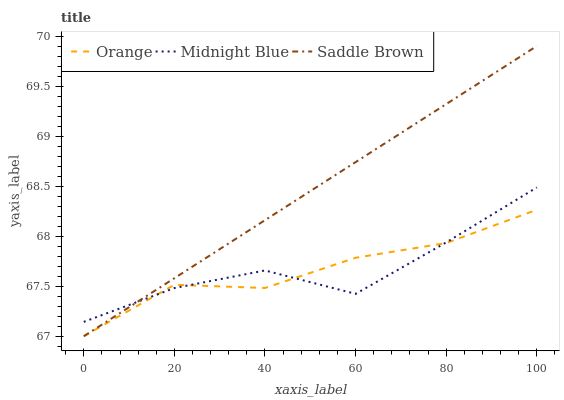
| xaxis_label | Orange | Midnight Blue | Saddle Brown |
 | --- | --- | --- | --- |
 | 0 | 67 | 67.1 | 67 |
 | 20 | 67.5 | 67.5 | 67.6 |
 | 40 | 67.5 | 67.7 | 68.2 |
 | 60 | 67.8 | 67.4 | 68.7 |
 | 80 | 67.9 | 67.9 | 69.3 |
 | 100 | 68.3 | 68.5 | 69.9 |